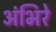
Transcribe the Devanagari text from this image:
अंभिरे